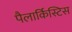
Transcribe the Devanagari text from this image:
पैलार्किस्टिस